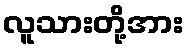
လူသားတို့အား